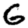
Digit: 6